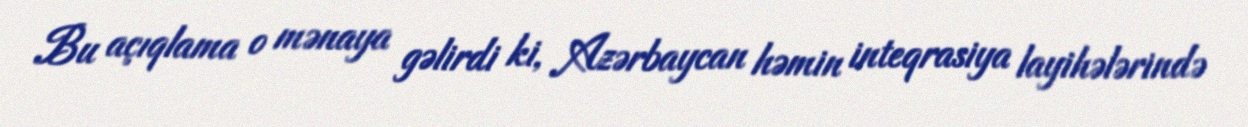
Bu açıqlama o mənaya gəlirdi ki, Azərbaycan həmin inteqrasiya layihələrində